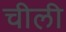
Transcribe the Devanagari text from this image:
चीली